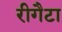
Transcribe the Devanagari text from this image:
रीगैटा